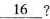
\underline{16} ?